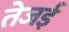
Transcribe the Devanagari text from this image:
तेजई